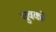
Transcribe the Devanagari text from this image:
चुवकों